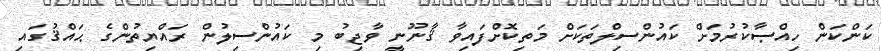
ކަންކަން ހިއްޞާކުރުމަށް ކައުންސިލްތަކަށް މަތިކޮށްފައިވާ ޤާނޫނީ ވާޖިބު މި ކައުންސިލުން ރައްޔިތުންގެ ޙައްޤުގައި